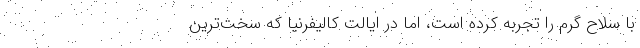
با سلاح گرم را تجربه کرده است، اما در ایالت کالیفرنیا که سخت‌ترین